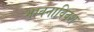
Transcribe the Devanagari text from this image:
भावनाविवश